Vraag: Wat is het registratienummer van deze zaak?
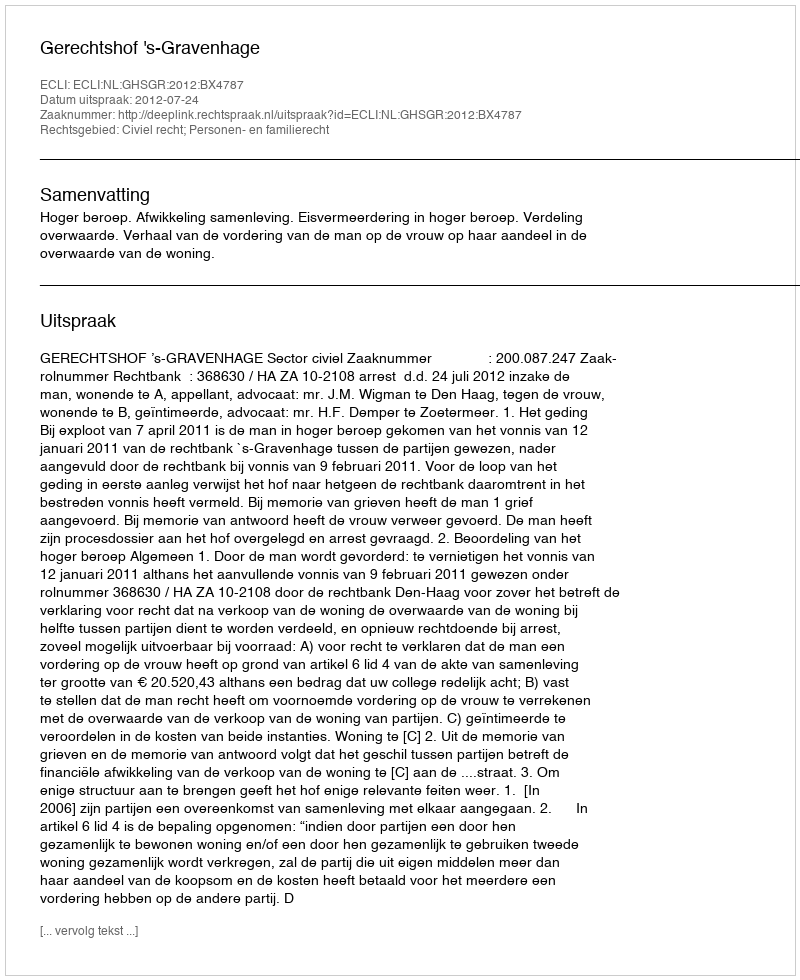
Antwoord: http://deeplink.rechtspraak.nl/uitspraak?id=ECLI:NL:GHSGR:2012:BX4787